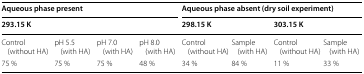
| <COLSPAN=4> Aqueous phase present | <COLSPAN=4> Aqueous phase absent (dry soil experiment) |
 | <COLSPAN=4> 293.15 K | <COLSPAN=2> 298.15 K | <COLSPAN=2> 303.15 K |
 | --- | --- | --- | --- | --- | --- | --- | --- |
 | Control (without HA) | pH 5.5 (with HA) | pH 7.0 (with HA) | pH 8.0 (with HA) | Control (without HA) | Sample (with HA) | Control (without HA) | Sample (with HA) |
 | 75 % | 75 % | 75 % | 48 % | 34 % | 84 % | 11 % | 33 % |